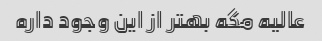
عالیه مگه بهتر از این وجود داره